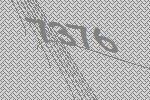
7376